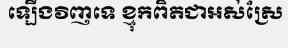
ឡើងវិញទេ ខ្មុកពិតជាអស់ស្រែ